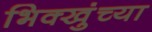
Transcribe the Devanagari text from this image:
भिक्खुंच्या